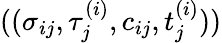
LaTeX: ((\sigma_{ij},\tau_{j}^{(i)},c_{ij},t_{j}^{(i)}))